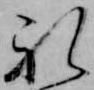
礼